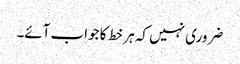
ضروری نہیں کہ ہر خط کا جواب آئے۔